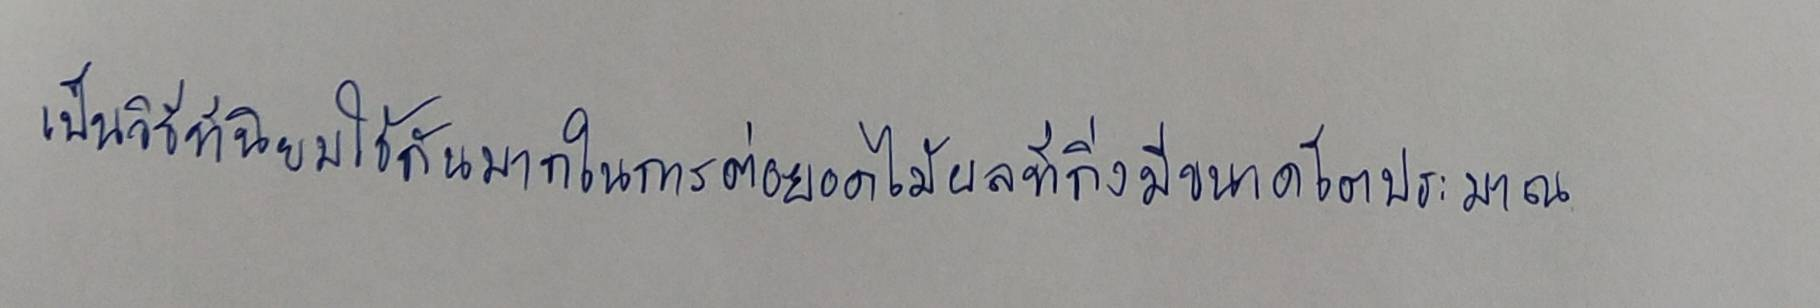
เป็นวิธีที่นิยมใช้กันมากในการต่อยอดไม้ผลที่กิ่งมีขนาดโตประมาณ